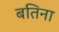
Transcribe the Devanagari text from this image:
बतिना